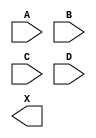
module sky130_fd_sc_ms__and4 (
    //# {{data|Data Signals}}
    input  A,
    input  B,
    input  C,
    input  D,
    output X
);

    // Voltage supply signals
    supply1 VPWR;
    supply0 VGND;
    supply1 VPB ;
    supply0 VNB ;

endmodule